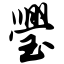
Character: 璺